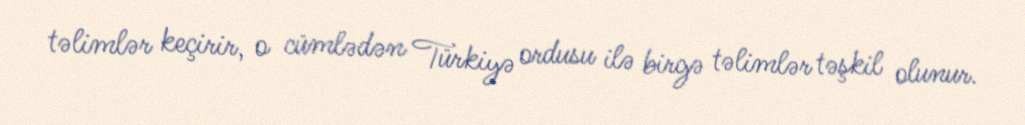
təlimlər keçirir, o cümlədən Türkiyə ordusu ilə birgə təlimlər təşkil olunur.